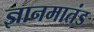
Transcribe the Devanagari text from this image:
ज्ञानमातंड